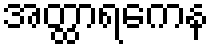
အတ္ထာရကေန